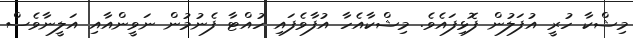
މިޝްކާ ހުރީ އުފަލުން ފޮޅިފައެވެ. މިޝްކާއެހާ އުފާވެފައި ހުއްޓާ ފެނުމުން ނަވީންއާއި އަލީނާވެސް